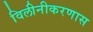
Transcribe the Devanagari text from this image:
विलीनीकरणास